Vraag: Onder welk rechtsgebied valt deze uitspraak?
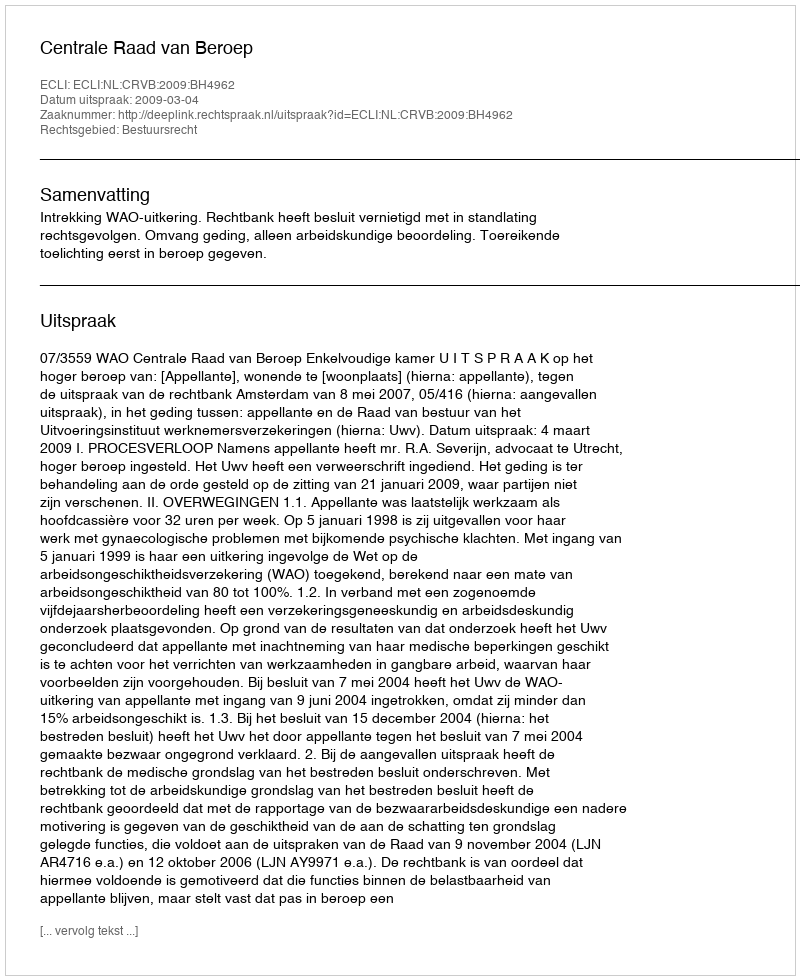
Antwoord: Bestuursrecht